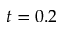
t = 0 . 2